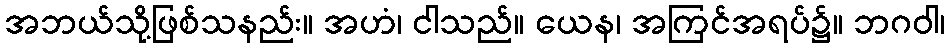
အဘယ်သို့ဖြစ်သနည်း။ အဟံ၊ ငါသည်။ ယေန၊ အကြင်အရပ်၌။ ဘဂဝါ၊